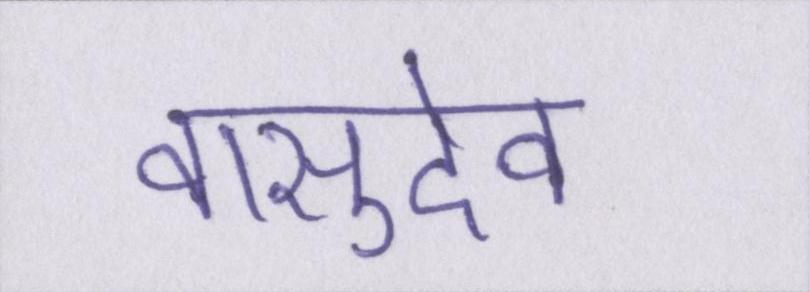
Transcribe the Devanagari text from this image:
वासुदेव